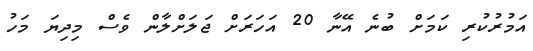
އަމުރުކުރި ކަމަށް ބުނެ އޭނާ 20 އަހަރަށް ޖަލަށްލާން ވެސް މިދިޔަ މަހު